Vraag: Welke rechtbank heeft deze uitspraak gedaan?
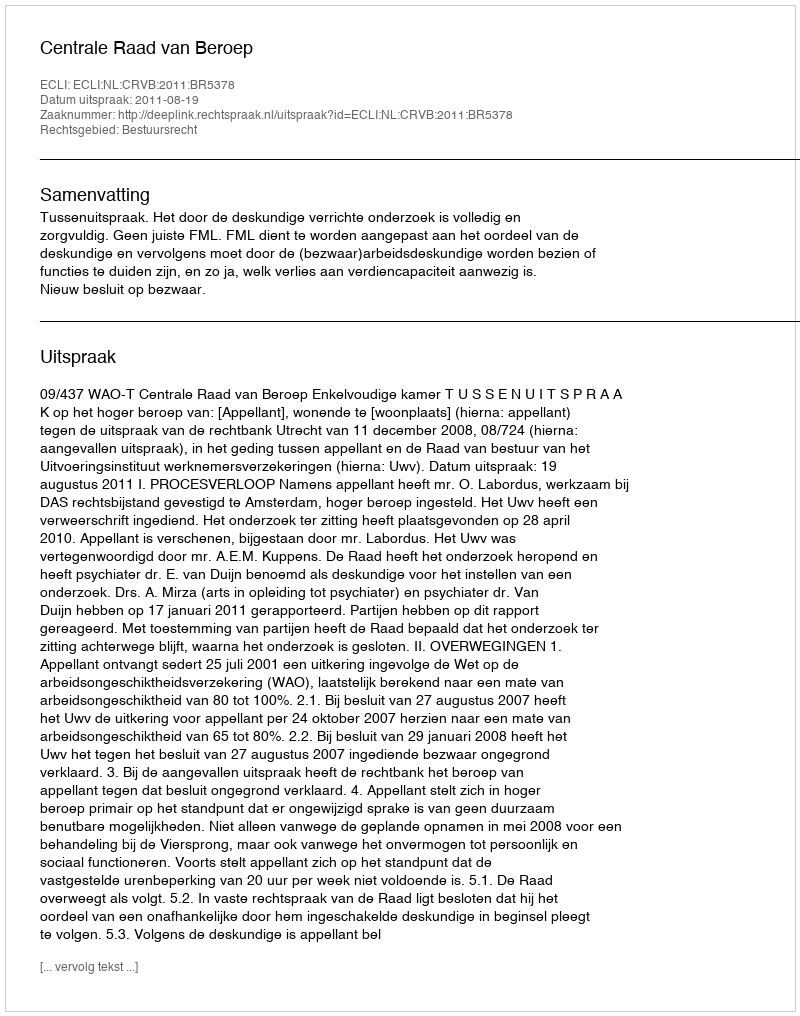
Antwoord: Centrale Raad van Beroep